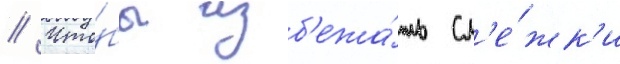
// Что́бы изб'ежа́ть сл'е́жк'и